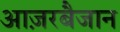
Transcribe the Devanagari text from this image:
आज़रबैजान